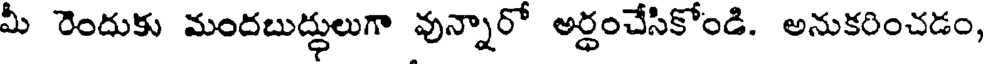
మీ రెందుకు మందబుద్ధులుగా వున్నారో అర్ధంచేసికోండి. అనుకరించడం,